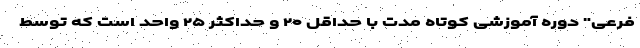
فرعی" دوره آموزشی کوتاه مدت با حداقل ۲۰ و حداکثر ۲۵ واحد است که توسط